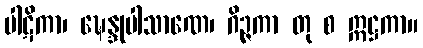
ပါဋိကာ၊ ဍ္ဎေန္ဒုပါသာဏေ၊ ဂိဉ္ဇကာ တု စ ဣဋ္ဌကာ။